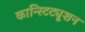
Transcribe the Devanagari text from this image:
कान्स्टिट्यूशन